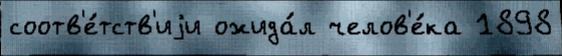
соотв'е́тств'иjи ожида́л челов'е́ка 1898